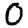
Digit: 0